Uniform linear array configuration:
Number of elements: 48
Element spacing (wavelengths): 0.5
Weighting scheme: cosine
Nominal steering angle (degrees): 0
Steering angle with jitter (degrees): -0.1729
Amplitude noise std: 0.05
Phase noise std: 0.05

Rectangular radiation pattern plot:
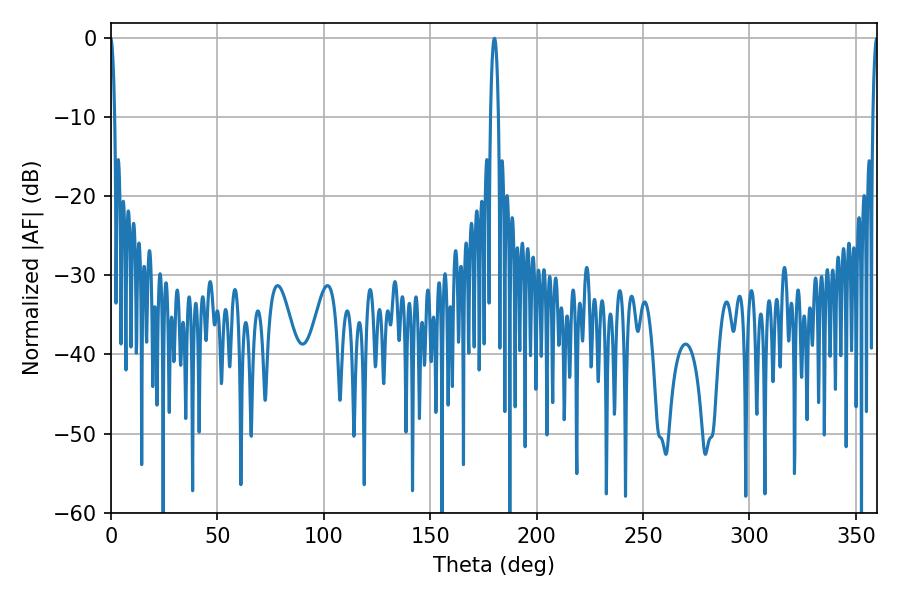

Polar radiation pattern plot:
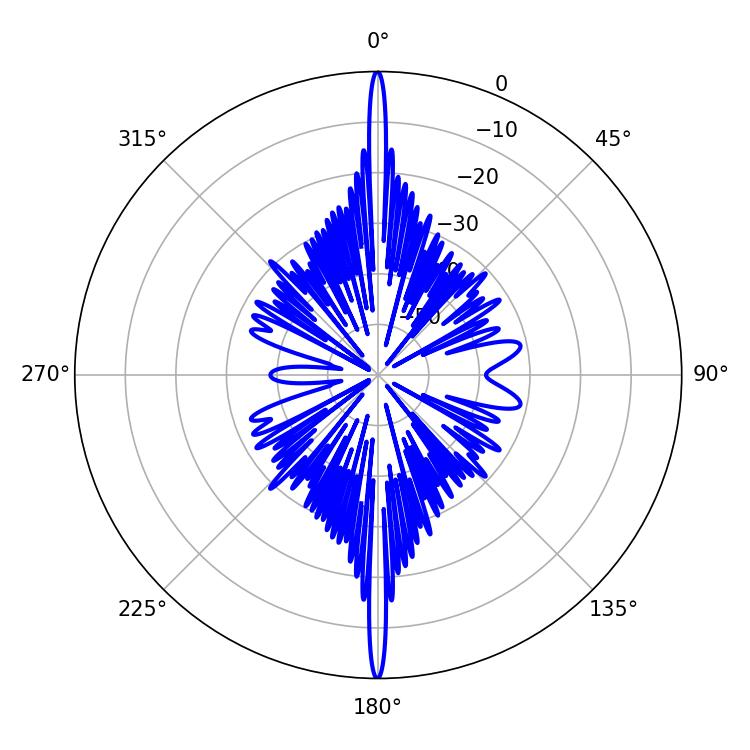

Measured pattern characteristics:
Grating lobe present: FALSE
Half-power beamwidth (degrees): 2.16
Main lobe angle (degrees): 180.18